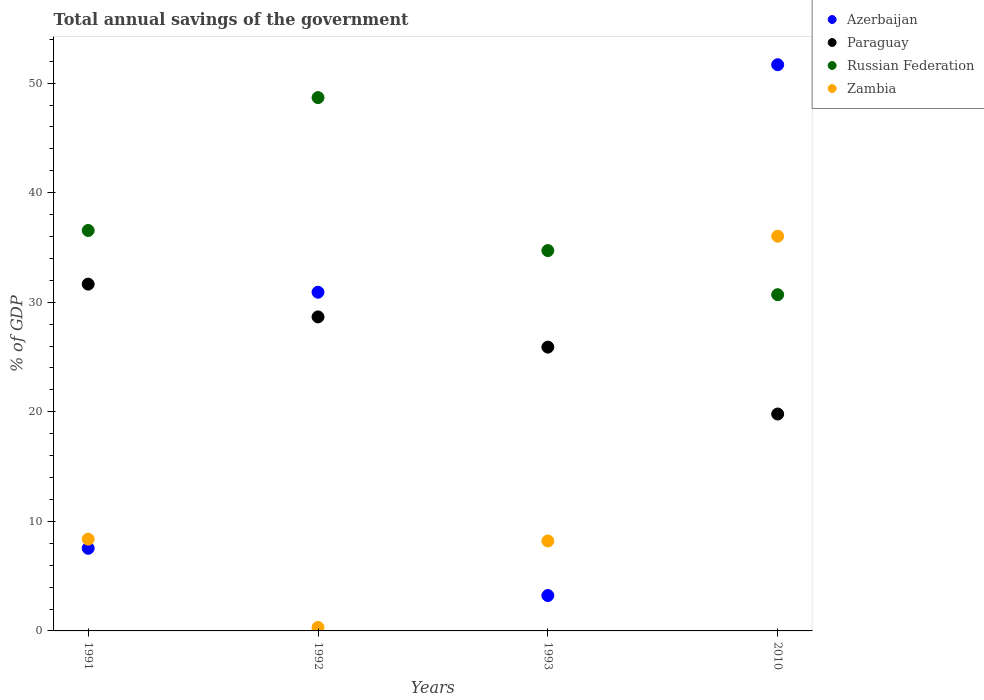
| Years | Azerbaijan | Paraguay | Russian Federation | Zambia |
 | --- | --- | --- | --- | --- |
 | 1991 | 7.54 | 31.7 | 36.6 | 8.38 |
 | 1992 | 30.9 | 28.7 | 48.7 | 0.321 |
 | 1993 | 3.23 | 25.9 | 34.7 | 8.21 |
 | 2010 | 51.7 | 19.8 | 30.7 | 36 |